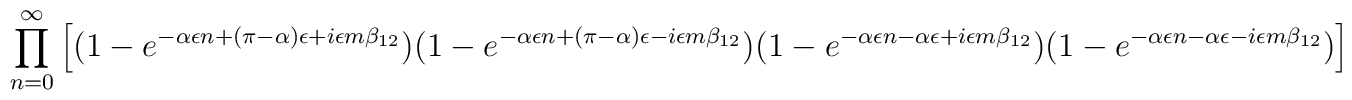
\prod_{n=0}^\infty\left[ (1-e^{-\alpha\epsilon n+(\pi -\alpha )\epsilon +i\epsilon m\beta_{12}})(1-e^{-\alpha\epsilon n+(\pi -\alpha )\epsilon -i\epsilon m\beta_{12}})(1-e^{-\alpha\epsilon n-\alpha\epsilon +i\epsilon m\beta_{12}})(1-e^{-\alpha\epsilon n-\alpha\epsilon -i\epsilon m\beta_{12}})\right].